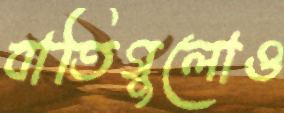
বাতিগুলোও